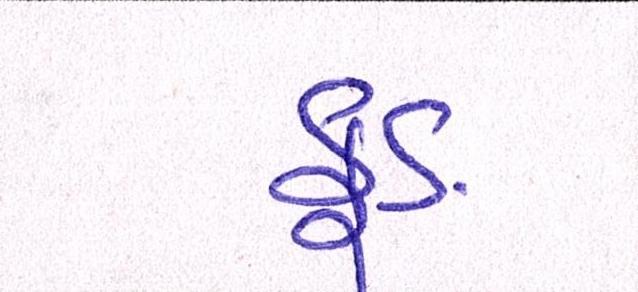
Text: ફૂડ